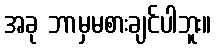
အခု ဘာမှမစားချင်ပါဘူး။